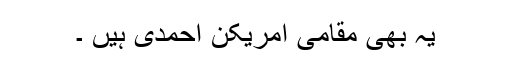
یہ بھی مقامی امریکن احمدی ہیں ۔